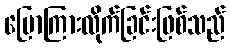
ပြောကြားလိုက်ခြင်းဖြစ်သည်